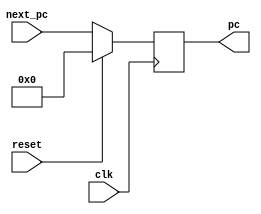
`timescale 1ns / 1ps
//////////////////////////////////////////////////////////////////////////////////
// Company: BIT
// 
// Design Name: 
// Module Name: PC
// Project Name: 
// Target Devices: 
// Tool Versions: 
// Description: 
// 
// Dependencies: 
// 
// Revision:
// Revision 0.01 - File Created
// Additional Comments:
// 
//////////////////////////////////////////////////////////////////////////////////

module PC(
    input clk,
	input reset,
	output reg [31:0] pc,
	input [31:0] next_pc
	);
	always @(posedge clk) begin
		if (reset) 	pc <= 32'b0;	//pc0
		else 		pc <= next_pc;
	end
endmodule